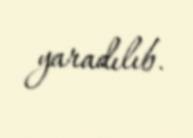
yaradılıb.